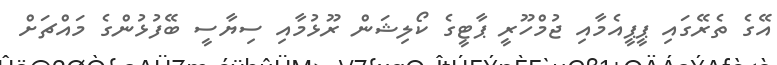
އޭގެ ތެރޭގައި ޕީޕީއެމާއި ޖުމްހޫރީ ޕާޓީގެ ކޯލިޝަން ރޫޅުމާއި ސިޔާސީ ބޭފުޅުންގެ މައްޗަށް